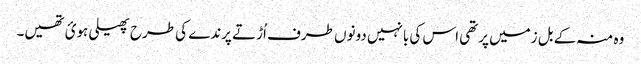
وہ منہ کے بل زمیں پرتھی اس کی بانہیں دونوں طرف اُڑتے پرندے کی طرح پھیلی ہوئ تھیں۔